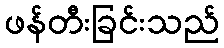
ဖန်တီးခြင်းသည်